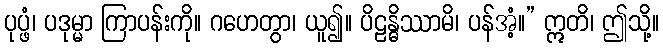
ပုပ္ဖံ၊ ပဒုမ္မာ ကြာပန်းကို။ ဂဟေတွာ၊ ယူ၍။ ပိဠန္ဓိဿာမိ၊ ပန်အံ့။” ဣတိ၊ ဤသို့။